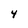
Character: 4